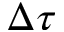
\Delta \tau